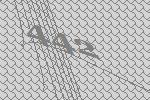
442